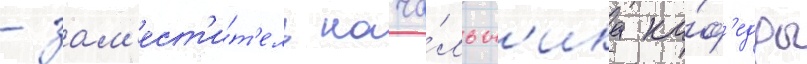
- зам'ест'и́т'ель нача́льн'ика ка́ф'едры